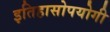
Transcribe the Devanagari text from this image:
इतिहासोपयोगी